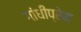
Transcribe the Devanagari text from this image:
गांधीप्रेम